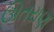
ઊતરાણ